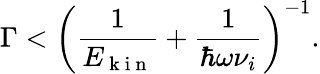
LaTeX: \Gamma<\left(\frac{1}{E_{\mathrm{~k~i~n~}}}+\frac{1}{\hbar\omega\nu_{i}}\right)^{-1}.